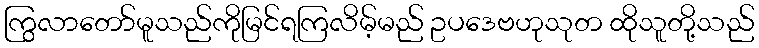
ကြွလာတော်မူသည်ကိုမြင်ရကြလိမ့်မည် ဥပဒေဗဟုသုတ ထိုသူတို့သည်